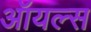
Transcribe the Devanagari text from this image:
ऑयल्स